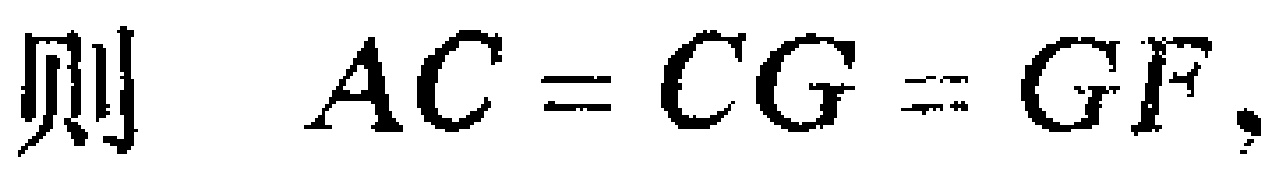
则 \(AC = CG = GF\).